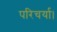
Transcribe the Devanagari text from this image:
परिचर्या।